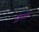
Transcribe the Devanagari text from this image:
छूटीं